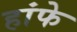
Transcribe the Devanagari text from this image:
हांफे